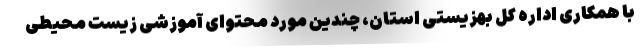
با همکاری اداره کل بهزیستی استان، چندین مورد محتوای آموزشی زیست محیطی